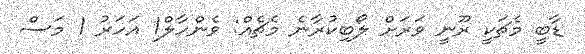
ޑާބީ މެޗަކީ ރޫނީ ވަރަށް ލޯބިކުރާނެ މެޗެއް: ވެންހާލް1 އަހަރު 1 މަސް